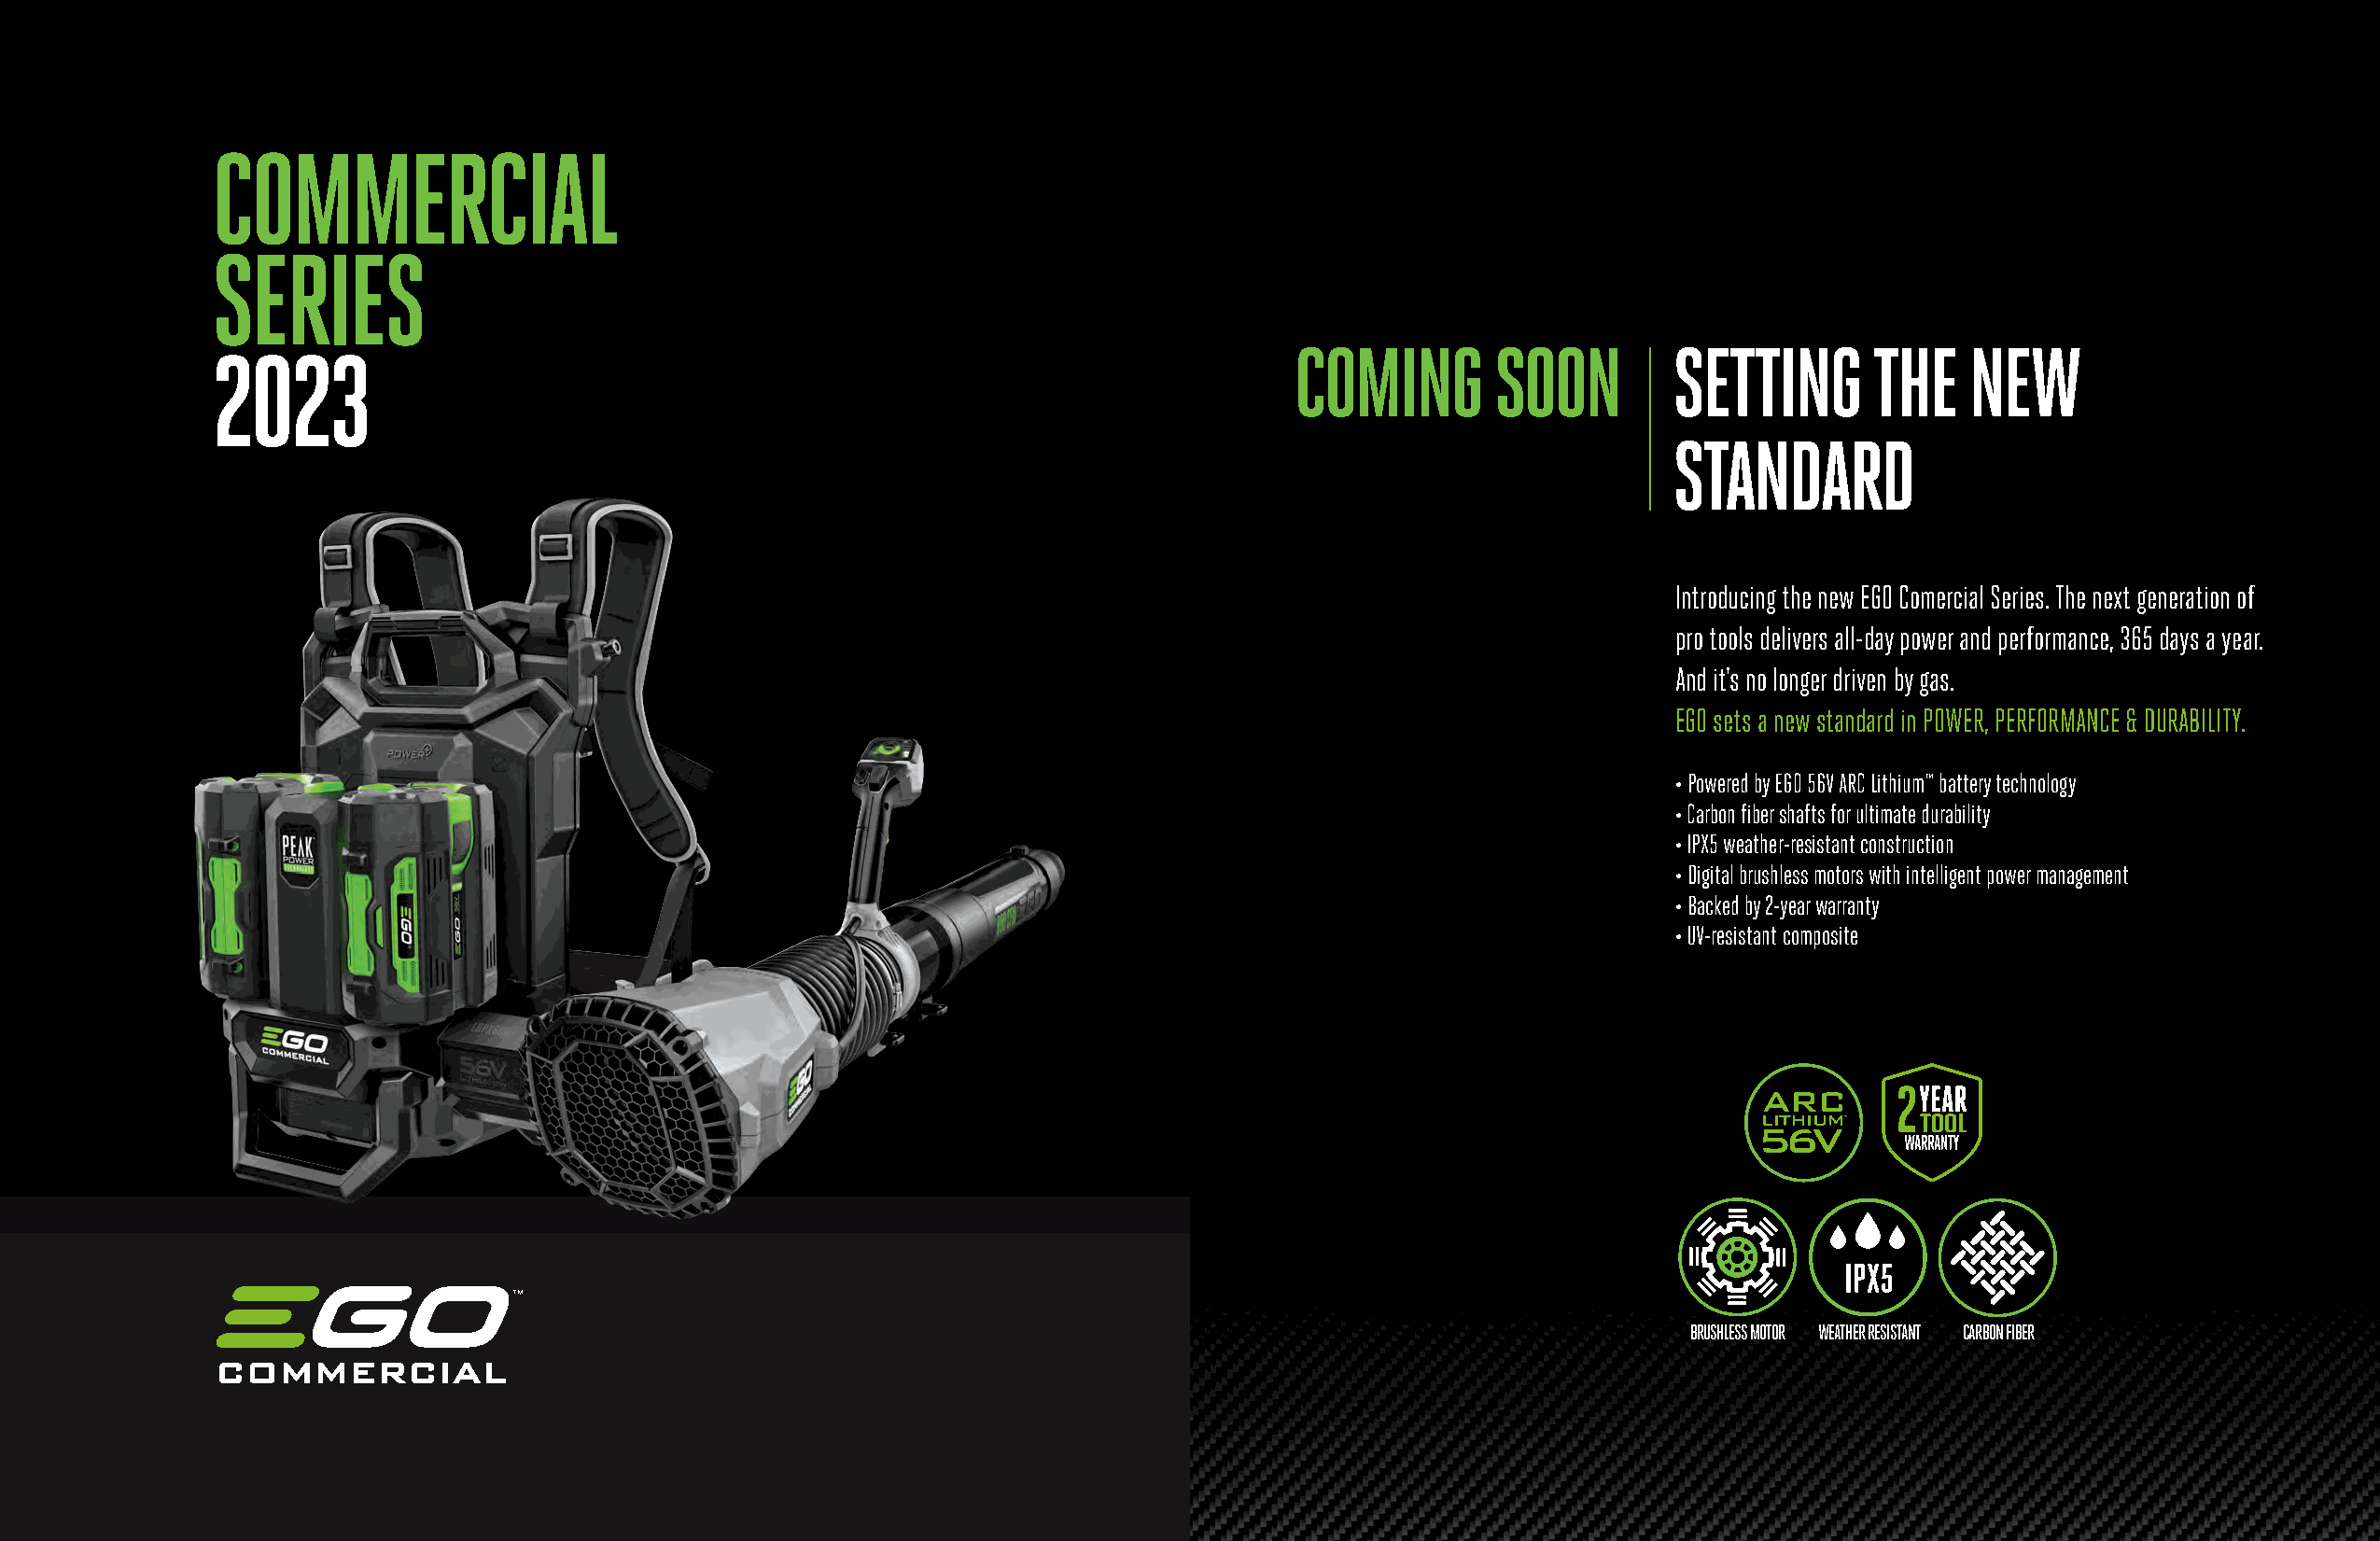
COMMERCIAL
 SERIES
 2023                                                                         COMING        SOON         SETTING       THE    NEW
 STANDARD
 Introducing the new EGO Comercial Series. The next generation of
 pro tools delivers all-day power and performance, 365 days a year.
 And it's no longer driven by gas.
 EGO sets a new standard in POWER, PERFORMANCE & DURABILITY.
 • Powered by EGO 56V ARC Lithium™ battery technology
 • Carbon fiber shafts for ultimate durability
 • IPX5 weather-resistant construction
 • Digital brushless motors with intelligent power management
 • Backed by 2-year warranty
 • UV-resistant composite
 2
 BRUSHLESS MOTOR WEATHER RESISTANT CARBON FIBER